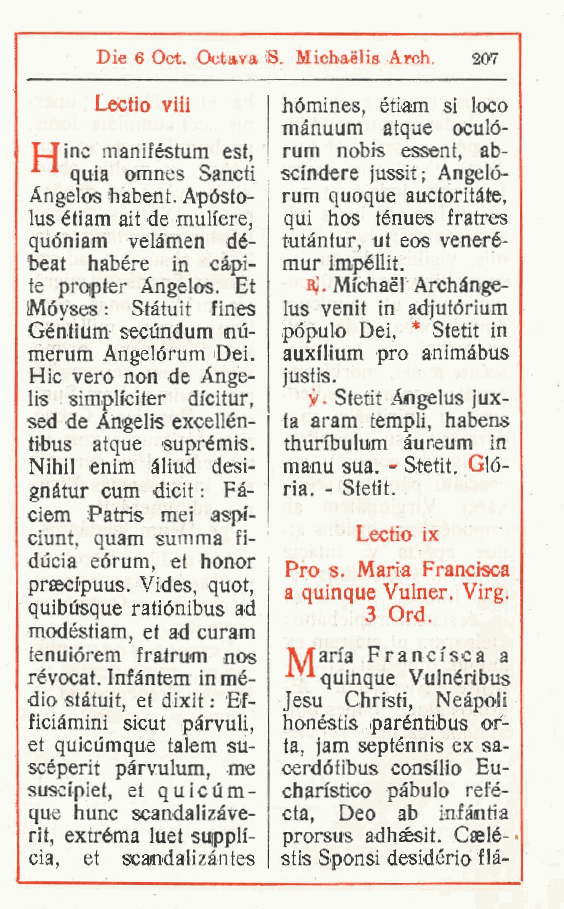
Die 6 Oct. Octava fi. Michaélis Arch. 207
 Lectio viii  hómines, ètiam si loco
 mànuum atque oculo-
 Oinc maniféstum est, rum nobis essent, ab-
 quia omnes Sancti scindere jussit; Angeló-
 Angeles habent. Apósto- rum quoque auctoritàte,
 lus étiam ait de muliere qui hos ténues fratres
 ,
 quóniam velàmen dé- tutàntur, ut eos veneré-
 beat habére in càpi- mur impéllit.
 te proipter Angeles. Et «;. Michael Archànge-
 Móyses : Stàtuit fines lus venit in adjutórium
 Géntium secundum nù- pópulo Dei, * Stetit in
 merum Angelórum iDei. auxilium prò animàbus
 Hic vero non de Ange- justis.
 lis simpheiter dfeitur, Stetit Angelus jux-
 .
 sed de Angelis excellén- ta aram templi, habens
 tibus atque suprémis. thuribulum àureum in
 Nihil enim àliud desi- manu sua. - Stetit. Glò-
 gnàtur cum dicit : Fà- ria. - Stetit.
 ciem Patris mei aspi-
 ciunt, quam summa fi- Lectio ix
 dùcia eórum et honor
 ,        Pro s. Maria Francisca
 prascipuus. Vides, quot,
 a quinque Vulner. Virg.
 quibusque ratiónibus ad 3 Ord.
 modéstiam et ad curam
 ,
 tenuiórem fratrum nos IVTan'a Francisca a
 révocat. Infàntem in mè- T*quinque Vulnèribus
 dio stàtuit et dixit : Bf- Jesu Christi, Neàpoli
 ,
 ficiàmini sicut ipàrvuli honèstis paréhtibus ot-
 ,
 et quicumque talem su- ta, jam septènnis ex sa-
 scéperit pàrvulum me cerdótibus Consilio Eu-
 ,
 suscipiet et quicum- charistico pàbulo refè-
 ,
 que hunc scandalizàve- cta, Deo ab infàntia
 rit, extréma luet suppli- prorsus adhsésit. Caelè- .
 cia, et scandalizàntes stis Sponsi desidèrio flà-